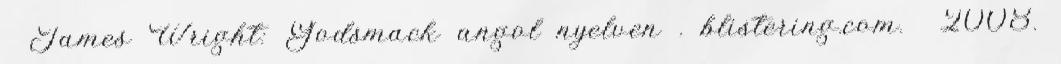
↑ James Wright: Godsmack angol nyelven . blistering.com. 2008.